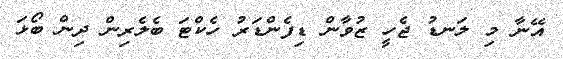
އޭނާ މި ލަނޑު ޖެހީ ޒުވާން ޑިފެންޑަރު ހެކްޓަ ބެލެރިން ދިން ބޯޅަ